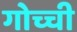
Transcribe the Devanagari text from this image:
गोच्ची